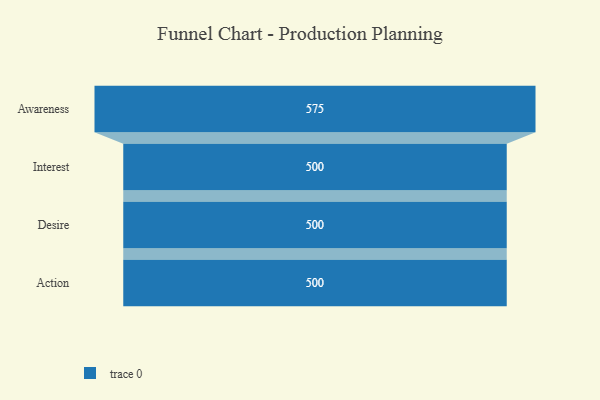
{"axis": {"x": "Stage", "y": "Value"}, "legend": [""], "data": [{"x": "Awareness", "y": 575.0, "type": ""}, {"x": "Interest", "y": 500, "type": ""}, {"x": "Desire", "y": 500, "type": ""}, {"x": "Action", "y": 500, "type": ""}]}